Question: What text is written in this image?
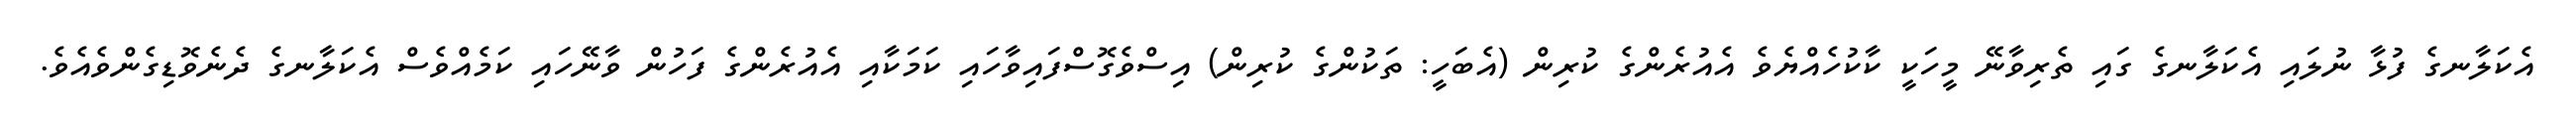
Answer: އެކަލާނގެ ފުޅާ ނުލައި އެކަލާނގެ ގައި ތެރިވާނޭ މީހަކީ ކާކުހެއްޔެވެ އެއުރެންގެ ކުރިން (އެބަހީ: ތަކުންގެ ކުރިން) އިސްވެގޮސްފައިވާހައި ކަމަކާއި އެއުރެންގެ ފަހުން ވާނޭހައި ކަމެއްވެސް އެކަލާނގެ ދެނެވޮޑިގެންވެއެވެ.